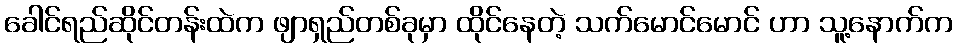
ခေါင်ရည်ဆိုင်တန်းထဲက ဖျာရှည်တစ်ခုမှာ ထိုင်နေတဲ့ သက်မောင်မောင် ဟာ သူ့နောက်က